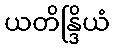
ယတိန္ဒြိယံ